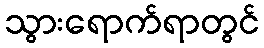
သွားရောက်ရာတွင်